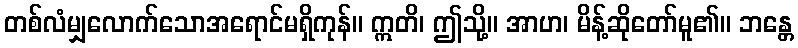
တစ်လံမျှလောက်သောအရောင်မရှိကုန်။ ဣတိ၊ ဤသို့။ အာဟ၊ မိန့်ဆိုတော်မူ၏။ ဘန္တေ